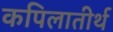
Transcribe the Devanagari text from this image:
कपिलातीर्थ